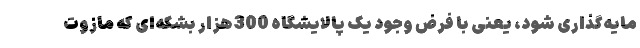
مایه‌گذاری شود، یعنی با فرض وجود یک پالایشگاه 300هزار بشکه‌ای که مازوت